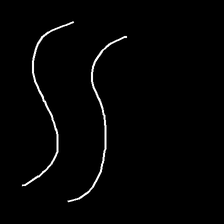
Glyph: float